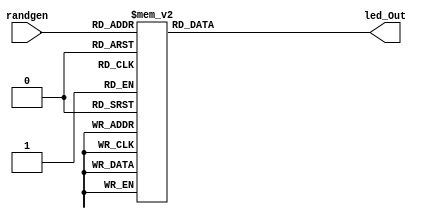
/*
   This file was generated automatically by Alchitry Labs version 1.2.7.
   Do not edit this file directly. Instead edit the original Lucid source.
   This is a temporary file and any changes made to it will be destroyed.
*/

module look_up_table_8 (
    input [3:0] randgen,
    output reg [3:0] led_Out
  );
  
  
  
  always @* begin
    
    case (randgen)
      4'h1: begin
        led_Out = 4'h1;
      end
      4'h2: begin
        led_Out = 4'h1;
      end
      4'h4: begin
        led_Out = 4'h1;
      end
      4'h8: begin
        led_Out = 4'h1;
      end
      4'h3: begin
        led_Out = 4'h3;
      end
      4'h5: begin
        led_Out = 4'h3;
      end
      4'h9: begin
        led_Out = 4'h3;
      end
      4'hc: begin
        led_Out = 4'h3;
      end
      4'h7: begin
        led_Out = 4'h7;
      end
      4'hb: begin
        led_Out = 4'h7;
      end
      4'hd: begin
        led_Out = 4'h7;
      end
      4'he: begin
        led_Out = 4'h7;
      end
      4'hf: begin
        led_Out = 4'hf;
      end
      4'h6: begin
        led_Out = 4'hf;
      end
      4'ha: begin
        led_Out = 4'hf;
      end
      4'h0: begin
        led_Out = 4'hf;
      end
      default: begin
        led_Out = 4'h0;
      end
    endcase
  end
endmodule